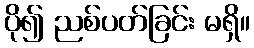
ပို၍ ညစ်ပတ်ခြင်း မရှိ။